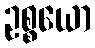
ဥစ္စယော